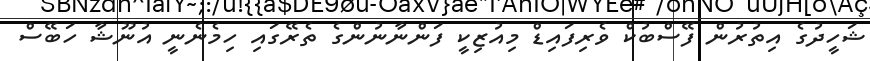
ޝަހީދުގެ އިތުރުން ފޭސްބުކް ވެރިފައިޑް މިއުޒިކީ ފަންނާނުންގެ ތެރޭގައި ހިމެނެނީ އުނޫޝާ ހަބޭސް